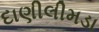
દાણીલીમડા